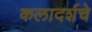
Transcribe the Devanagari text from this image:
कलादर्शचे